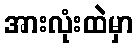
အားလုံးထဲမှာ